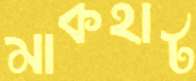
মাকহাট